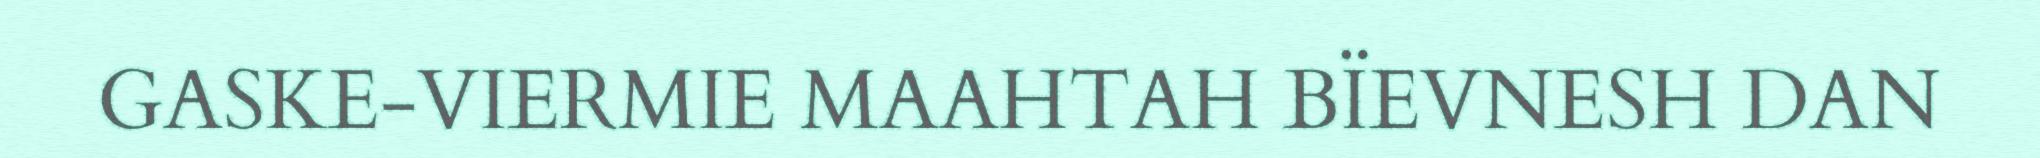
GASKE-VIERMIE MAAHTAH BÏEVNESH DAN